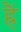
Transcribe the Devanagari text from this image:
ह्रैं